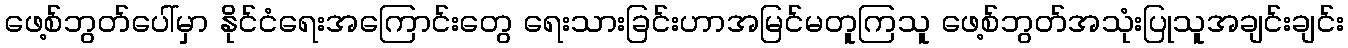
ဖေ့စ်ဘွတ်ပေါ်မှာ နိုင်ငံရေးအကြောင်းတွေ ရေးသားခြင်းဟာအမြင်မတူကြသူ ဖေ့စ်ဘွတ်အသုံးပြုသူအချင်းချင်း